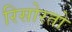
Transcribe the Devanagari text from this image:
रिसोरतो